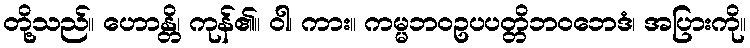
တို့သည်။ ဟောန္တိ၊ ကုန်၏။ ဝါ၊ ကား။ ကမ္မဘဝဥပပတ္တိဘဝဘေဒံ၊ အပြားကို။